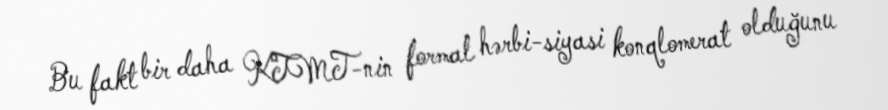
Bu fakt bir daha KTMT-nin formal hərbi-siyasi konqlomerat olduğunu